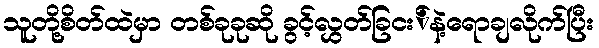
သူတို့စိတ်ထဲမှာ တစ်ခုခုဆို ခွင့်လွှတ်ခြငး်နဲ့ရောချလိုက်ပြီး